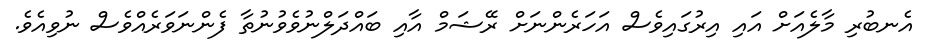
އެނބުރި މާލެއަށް އައި އިރުގައިވެސް އަހަރެންނަށް ރޭޝަމް އާއި ބައްދަލްނުވެވުނުތާ ފެންނަވަރެއްވެސް ނުވިއެވެ.